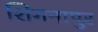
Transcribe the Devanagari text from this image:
शिगनापुर